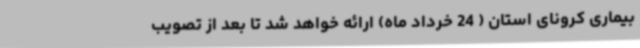
بیماری کرونای استان ( 24 خرداد ماه) ارائه خواهد شد تا بعد از تصویب